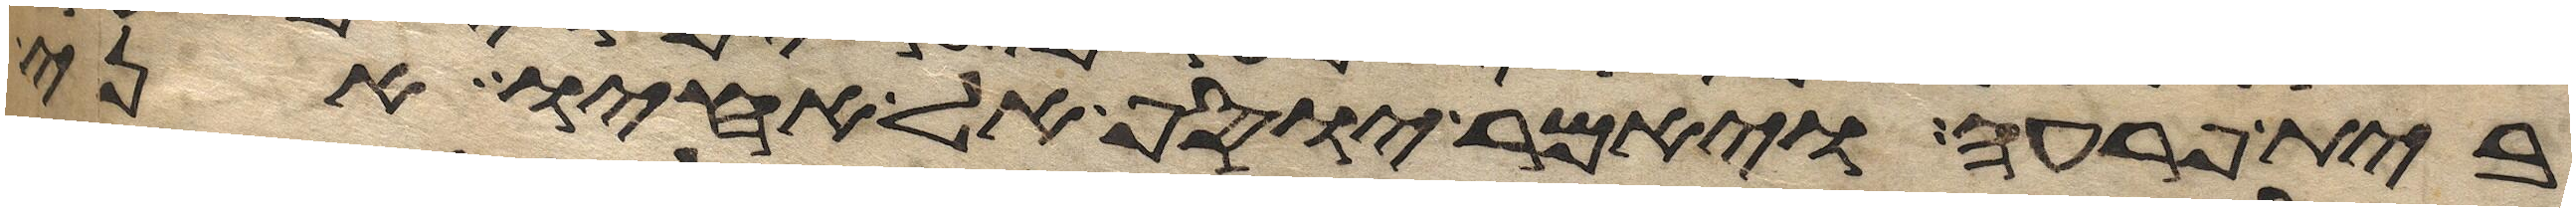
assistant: בית פרעה ויאמר יוסף אל אחיו אני